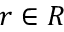
r \in R